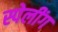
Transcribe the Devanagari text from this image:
स्पेलींग